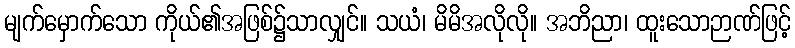
မျက်မှောက်သော ကိုယ်၏အဖြစ်၌သာလျှင်။ သယံ၊ မိမိအလိုလို။ အဘိညာ၊ ထူးသောဉာဏ်ဖြင့်